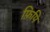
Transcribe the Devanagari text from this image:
फ़िपि